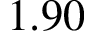
1 . 9 0